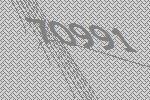
70991